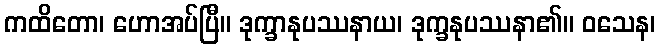
ကထိတော၊ ဟောအပ်ပြီ။ ဒုက္ခာနုပဿနာယ၊ ဒုက္ခနုပဿနာ၏။ ဝသေန၊